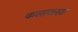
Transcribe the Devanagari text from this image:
कसाकसा